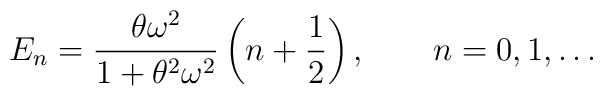
E_{n}=\frac{\theta\omega^2}{1+\theta^2\omega^2}\left(n+\frac{1}{2}\right),\qquad	n=0,1,\ldots